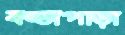
বড্ডাপাড়া